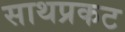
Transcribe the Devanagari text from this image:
साथप्रकट